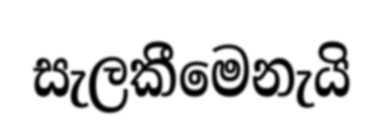
සැලකීමෙනැයි